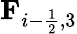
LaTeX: \textbf{F}_{i-\frac{1}{2},3}